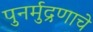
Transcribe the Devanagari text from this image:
पुनर्मुद्रणाचे